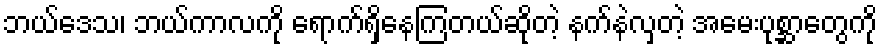
ဘယ်ဒေသ၊ ဘယ်ကာလကို ရောက်ရှိနေကြတယ်ဆိုတဲ့ နက်နဲလှတဲ့ အမေးပုစ္ဆာတွေကို